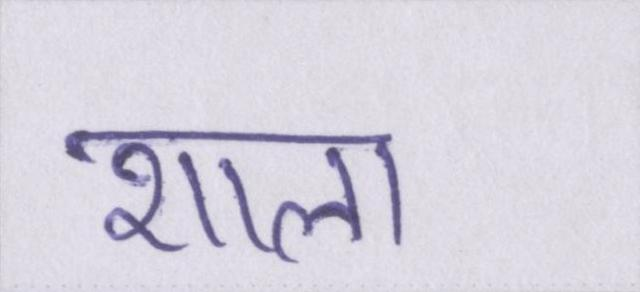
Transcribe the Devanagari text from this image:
शाला